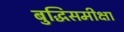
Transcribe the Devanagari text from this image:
बुद्धिसमीक्षा